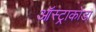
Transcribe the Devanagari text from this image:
ऑस्ट्राकोडा